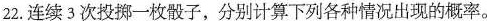
22.连续3次投掷一枚骰子，分别计算下列各种情况出现的概率。